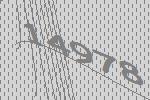
14978